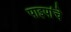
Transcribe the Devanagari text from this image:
पाइपांचे